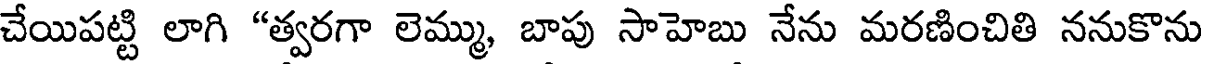
చేయిపట్టి లాగి "త్వరగా లెమ్ము, బాపు సాహెబు నేను మరణించితి ననుకొను